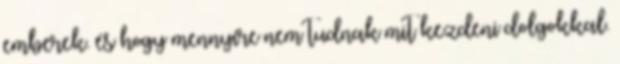
emberek. és hogy mennyire nem tudnak mit kezdeni dolgokkal.